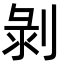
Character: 剝